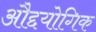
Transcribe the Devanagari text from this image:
औद्दयोगिक